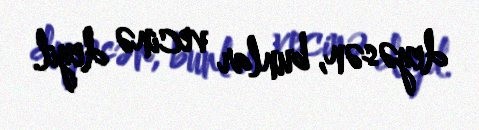
deyəsən, bunlar vecinə deyil.